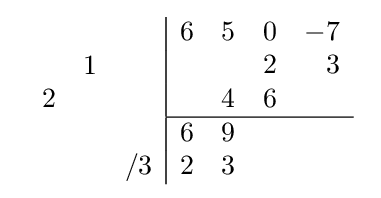
{\begin{array}{cc}{\begin{array}{rrr}\\&1&\\2&&\\\\&&/3\\\end{array}}{\begin{array}{|rrrr}6&5&0&-7\\&&2&3\\&4&6&\\\hline 6&9&&\\2&3&&\\\end{array}}\end{array}}